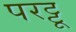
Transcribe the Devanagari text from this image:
परट्टू